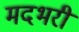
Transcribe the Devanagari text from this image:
मदभरी